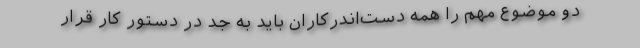
دو موضوع مهم را همه‌ دست‌اندرکاران باید به جِدّ در دستور کار قرار